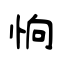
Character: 恦